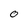
Character: 0